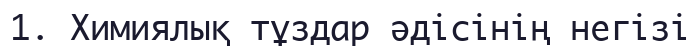
1. Химиялық тұздар әдісінің негізі